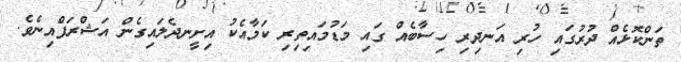
ތަންކޮޅެއް ދުރުގައި ހުރި އަނދިރި ހިސާބެއް ގައި މަޑުމައިތިރި ކަމާއެކު އިށީނދެލައިގެން އަޝްރަފްއިނެވެ.